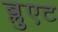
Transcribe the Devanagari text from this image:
ब्लुएट